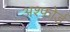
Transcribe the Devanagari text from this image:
अश्फोर्ड